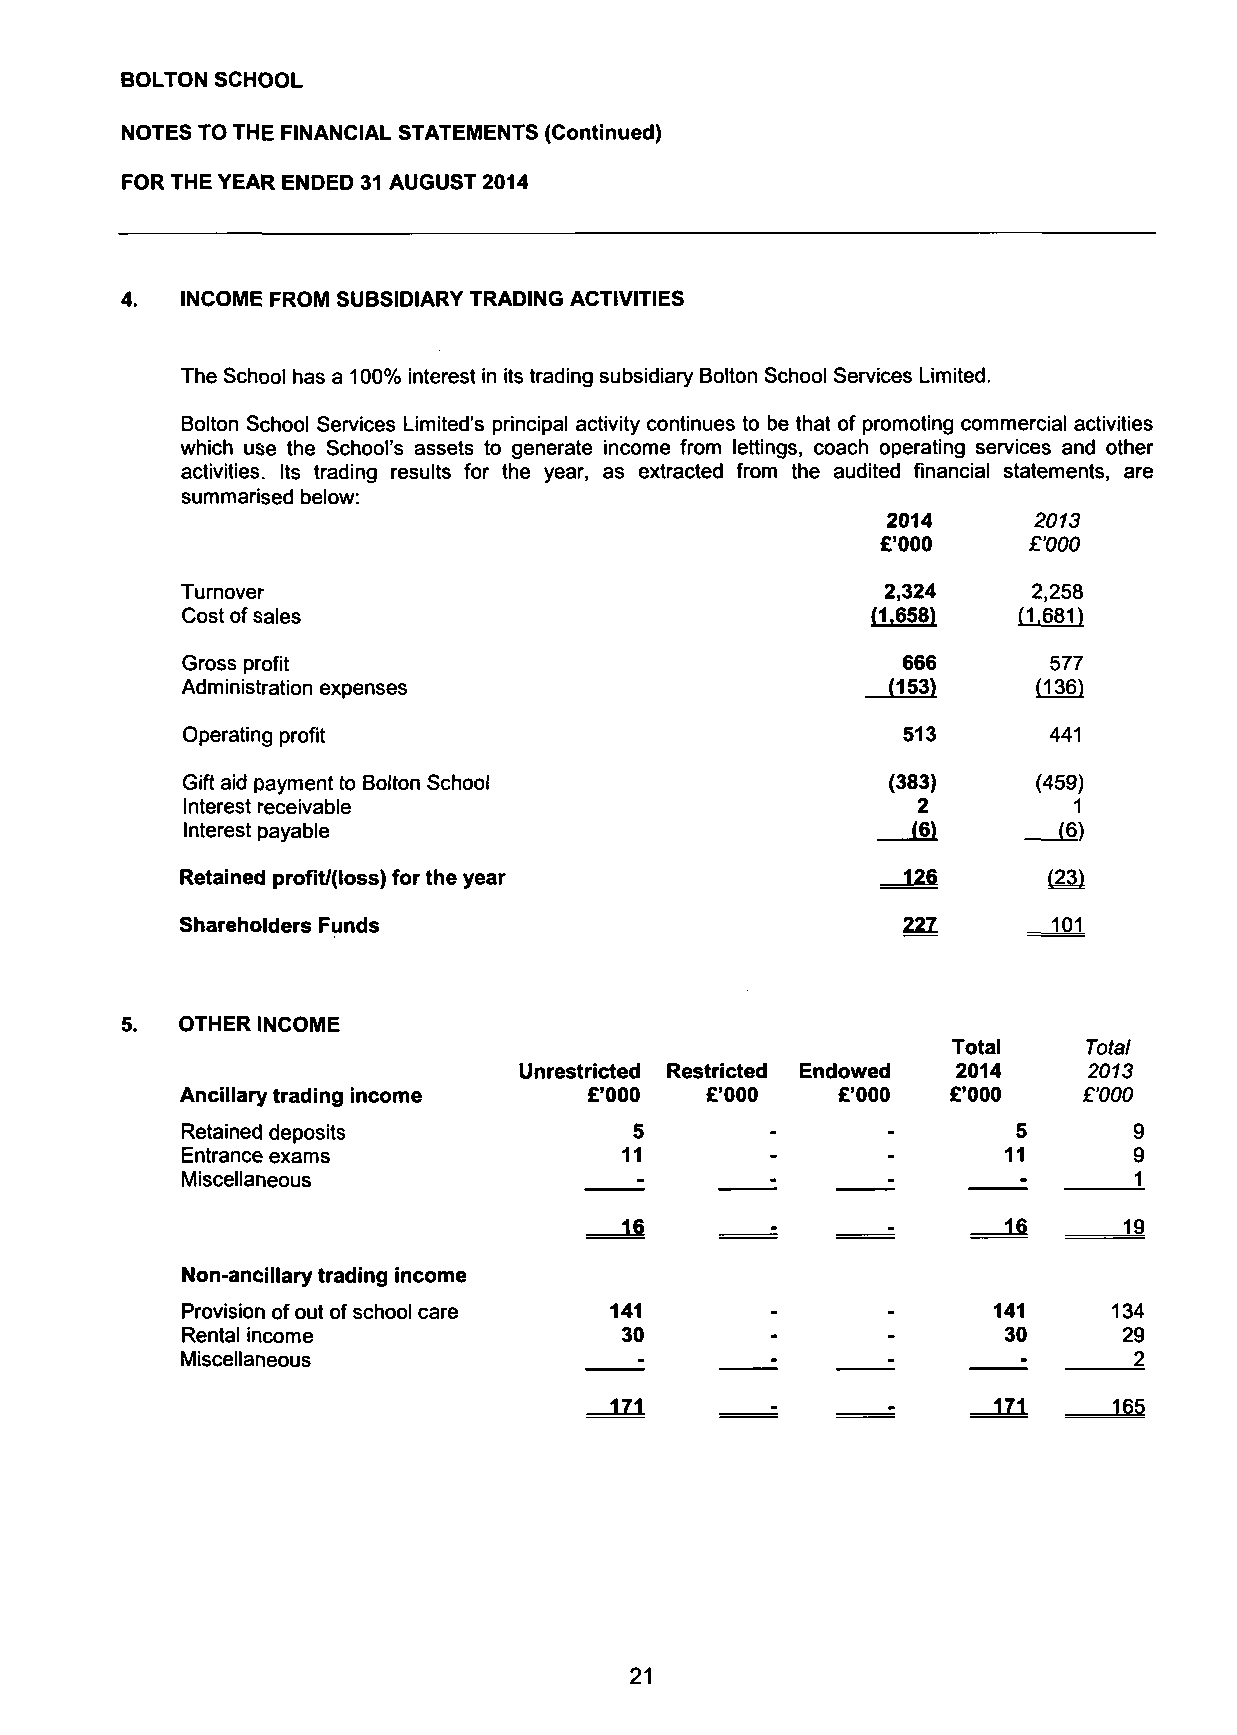
BOLTON SCHOOL
 NOTES TO THE FINANCIAL STATEMENTS (Continued)
 FOR THE YEAR ENDED 31 AUGUST 2014
 4.  INCOME FROM SUBSIDIARY TRADING ACTIVITIES
 The School has a 100% interest in its trading subsidiary Bolton School Services Limited.
 Bolton School Services Limited's principal activity continues to be that of promoting commercial activities
 which use the School's assets to generate income from lettings, coach operating services and other
 activities. Its trading results for the year, as extracted from the audited financial statements, are
 summarised below:
 2014     2013
 £'000     £'000
 Turnover                                       2,324    2,258
 Cost of sales                                 (1.658)  (1.681)
 Gross profit                                    666      577
 Administration expenses                        (153)     (136)
 Operating profit                                513      441
 Gift aid payment to Bolton School              (383)     (459)
 Interest receivable                              2         1
 Interest payable                                (6)       (6)
 Retained profit/(loss) for the year             126      £22)
 Shareholders Funds                              221       101
 5.  OTHER INCOME
 Total    Total
 Unrestricted Restricted Endowed 2014  2013
 Ancillary trading income   £'000   £'000   £'000   £'000    £'000
 Retained deposits             5        -       -       5       9
 Entrance exams               11        -       -      11       9
 Miscellaneous                 -        ;       -        ;      1
 16        -       -       16      19
 Non-ancillary trading income
 Provision of out of school care 141    -       -      141     134
 Rental income                30                        30     29
 Miscellaneous                 -        -       -        -      2
 i ll       -      -      171     165
 21